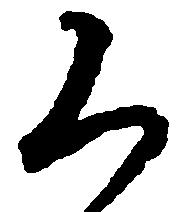
く